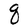
Character: q